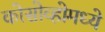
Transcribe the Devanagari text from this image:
कोसोव्होमध्ये